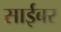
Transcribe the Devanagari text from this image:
साईबर